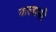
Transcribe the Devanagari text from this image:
गालानी